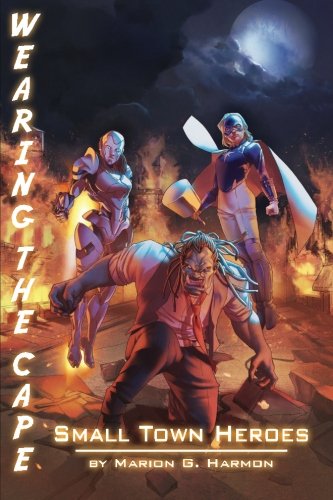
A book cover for Small Town Heroes (Wearing the Cape) (Volume 4); Marion G. Harmon; Science Fiction & Fantasy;